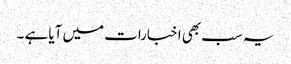
یہ سب بھی اخبارات میں آیا ہے ۔